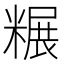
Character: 𫃌